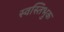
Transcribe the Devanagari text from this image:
स्वस्तिभुक